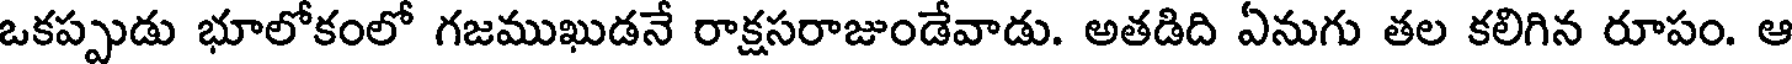
ఒకప్పుడు భూలోకంలో గజముఖుడనే రాక్షసరాజుండేవాడు. అతడిది ఏనుగు తల కలిగిన రూపం. ఆ